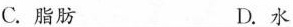
C.脂肪 D.水